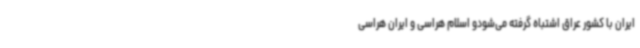
ایران با کشور عراق اشتباه گرفته می‌شودو اسلام هراسی و ایران هراسی